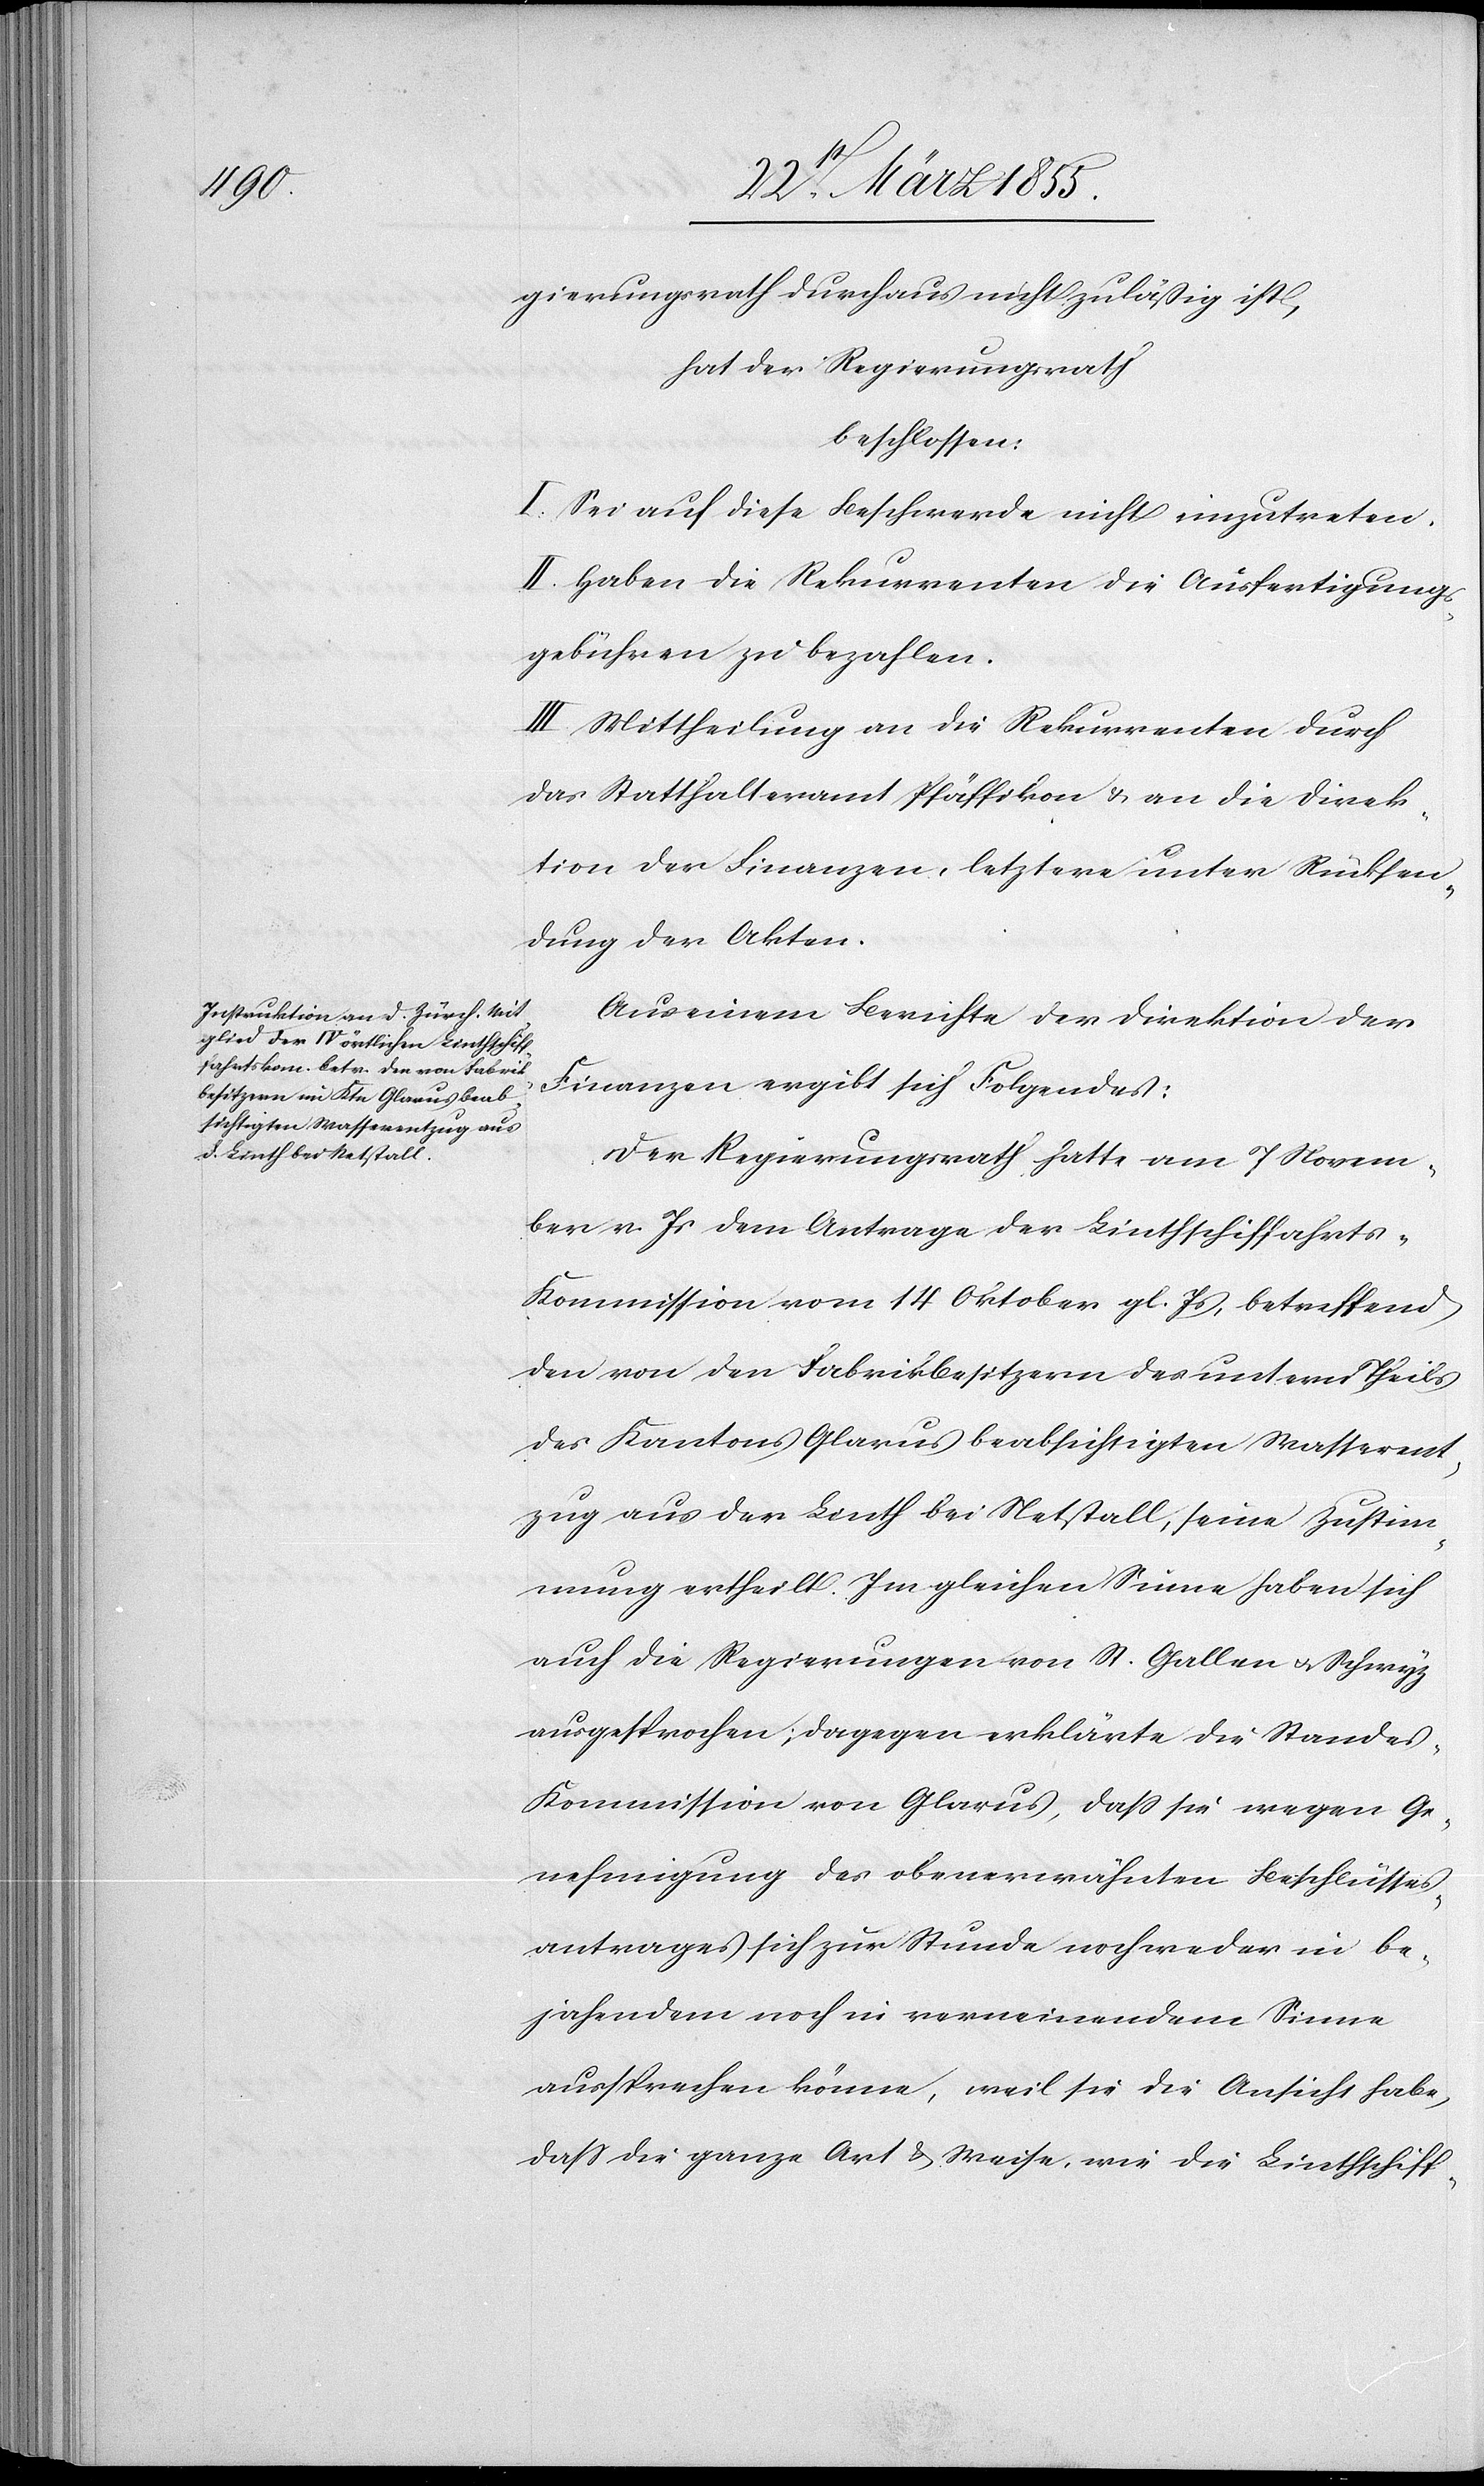
gierungsrath durchaus nicht zuläßig ist,
hat der Regierungsrath
beschlossen:
I. Sei auf diese Beschwerde nicht einzutreten.
II. Haben die Rekurrenten die Ausfertigungs¬
gebühren zu bezahlen.
III. Mittheilung an die Rekurrenten durch
das Statthalteramt Pfäffikon & an die Direk¬
tion der Finanzen, letztere unter Rücksen¬
dung der Akten.
Aus einem Berichte der Direktion der
Finanzen ergibt sich Folgendes:
Der Regierungsrath hatte am 7 Novem¬
ber v. Js dem Antrage der Linthschiffahrt¬
s-Kommission vom 14 Oktober gl. Js, betreffend
den von den Fabrikbesitzern des untern Theils
des Kantons Glarus beabsichtigten Wasserent¬
zug aus der Linth bei Netstall, seine Zustim¬
mung ertheilt. Im gleichen Sinne haben sich
auch die Regierungen von St. Gallen & Schwyz
ausgesprochen; dagegen erklärte die Stande¬
s-Kommission von Glarus, dass sie wegen Ge¬
nehmigung des obenerwähnten Beschlusses¬
antrages sich zur Stunde noch weder in be¬
jahendem noch in verneinendem Sinne
aussprechen könne, weil sie die Ansicht habe,
dass die ganze Art & Weise, wie die Linthschiff-